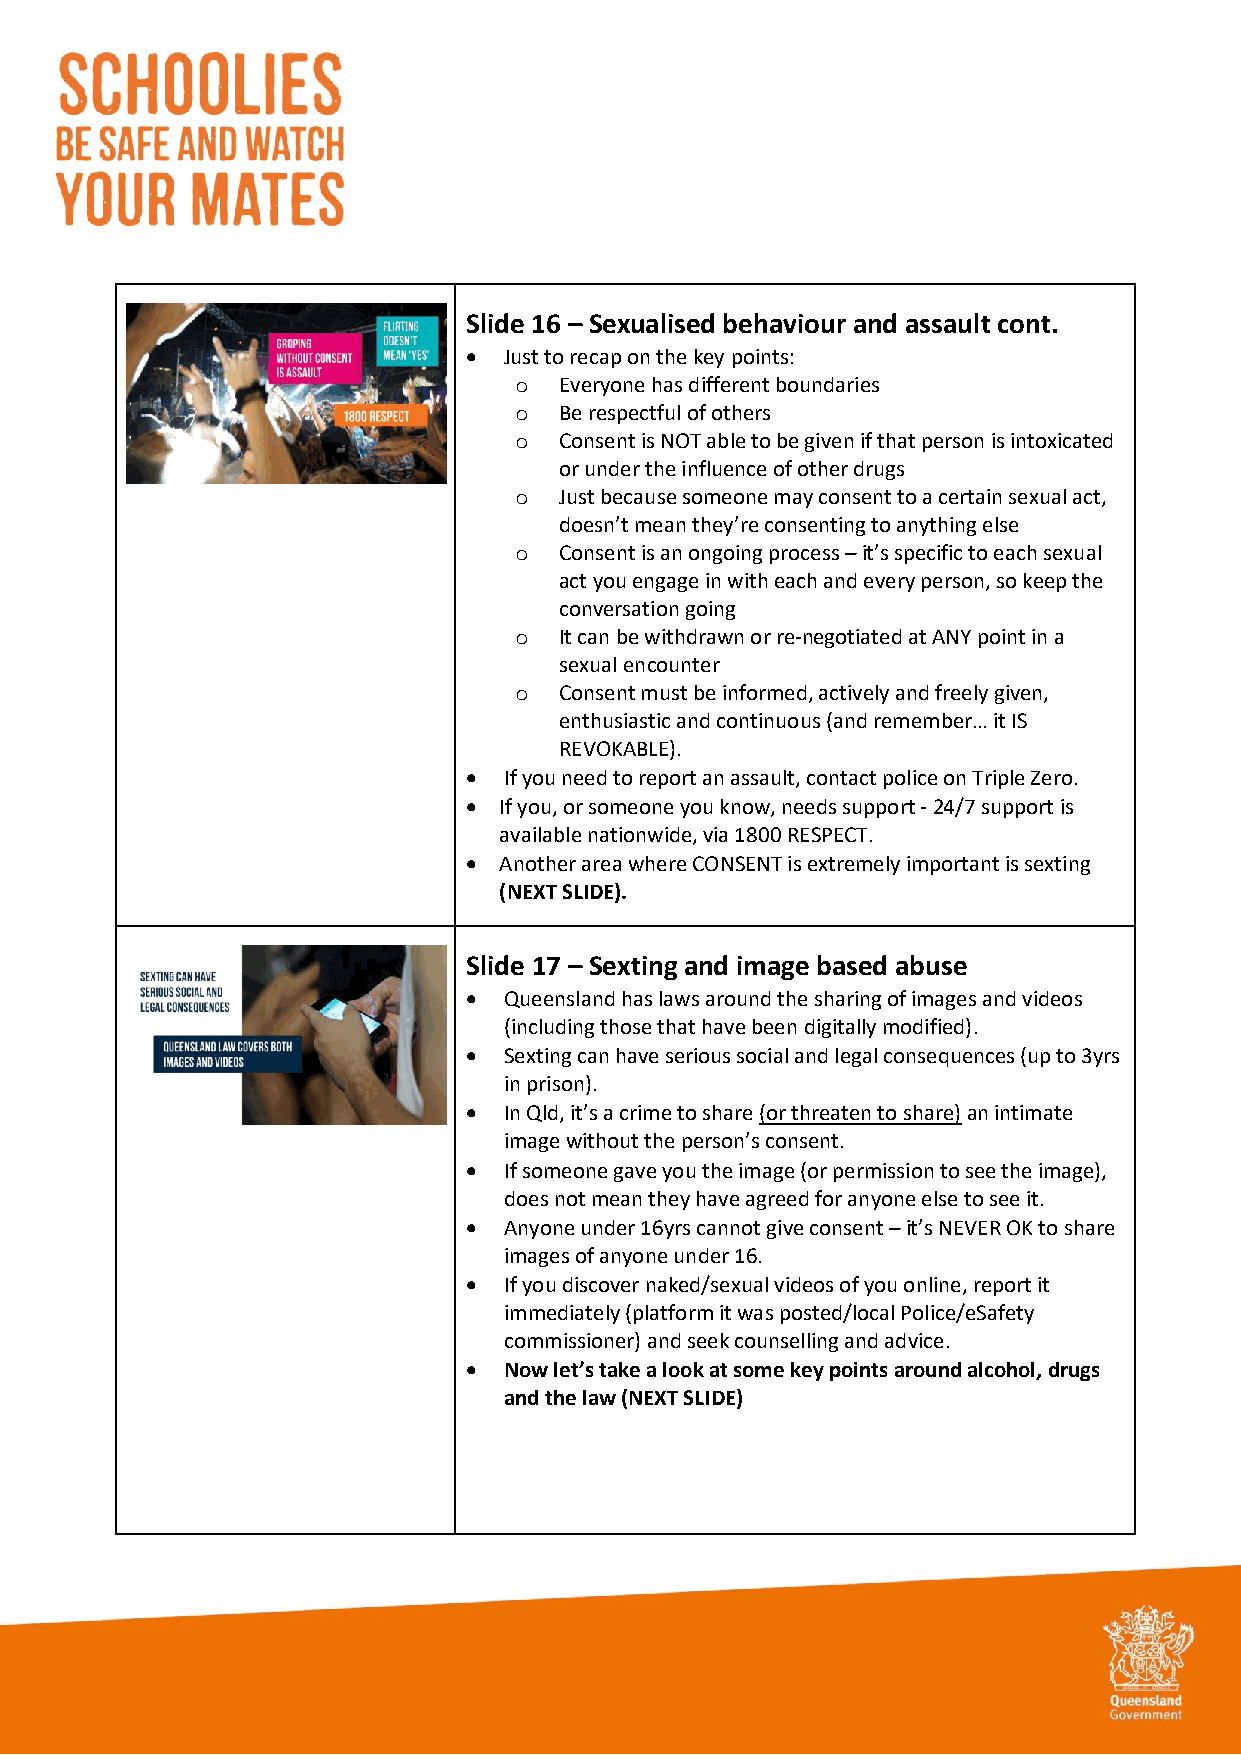
Slide 16 – Sexualised behaviour and assault cont.
 • Just to recap on the key points:
 o  Everyone has different boundaries
 o  Be respectful of others
 o  Consent is NOT able to be given if that person is intoxicated
 or under the influence of other drugs
 o  Just because someone may consent to a certain sexual act,
 doesn’t mean they’re consenting to anything else
 o  Consent is an ongoing process – it’s specific to each sexual
 act you engage in with each and every person, so keep the
 conversation going
 o  It can be withdrawn or re-negotiated at ANY point in a
 sexual encounter
 o  Consent must be informed, actively and freely given,
 enthusiastic and continuous (and remember… it IS
 REVOKABLE).
 • If you need to report an assault, contact police on Triple Zero.
 • If you, or someone you know, needs support - 24/7 support is
 available nationwide, via 1800 RESPECT.
 • Another area where CONSENT is extremely important is sexting
 (NEXT SLIDE).
 Slide 17 – Sexting and image based abuse
 • Queensland has laws around the sharing of images and videos
 (including those that have been digitally modified).
 • Sexting can have serious social and legal consequences (up to 3yrs
 in prison).
 • In Qld, it’s a crime to share (or threaten to share) an intimate
 image without the person’s consent.
 • If someone gave you the image (or permission to see the image),
 does not mean they have agreed for anyone else to see it.
 • Anyone under 16yrs cannot give consent – it’s NEVER OK to share
 images of anyone under 16.
 • If you discover naked/sexual videos of you online, report it
 immediately (platform it was posted/local Police/eSafety
 commissioner) and seek counselling and advice.
 • Now let’s take a look at some key points around alcohol, drugs
 and the law (NEXT SLIDE)